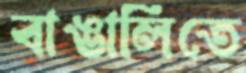
বাঙালিতে